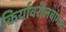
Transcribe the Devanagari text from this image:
किर्यावरीलबांगला